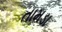
તામડા